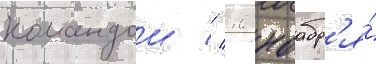
командои // 10 ноабр'я́